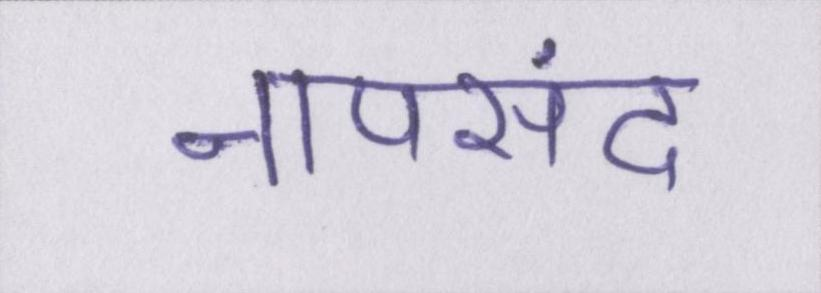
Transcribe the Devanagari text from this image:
नापसंद